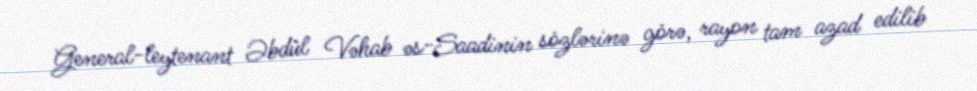
General-leytenant Əbdül Vəhab əs-Saadinin sözlərinə görə, rayon tam azad edilib